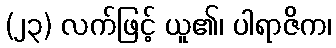
(၂၃) လက်ဖြင့် ယူ၏၊ ပါရာဇိက၊